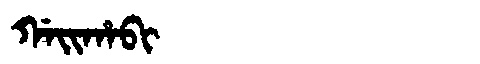
Manchu: ᡤᠠᡳᡥᠠᠪᡳ
Romanization: GAIHABI